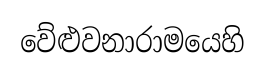
වේළුවනාරාමයෙහි